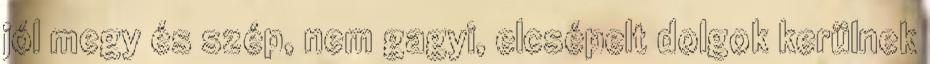
jól megy és szép, nem gagyi, elcsépelt dolgok kerülnek